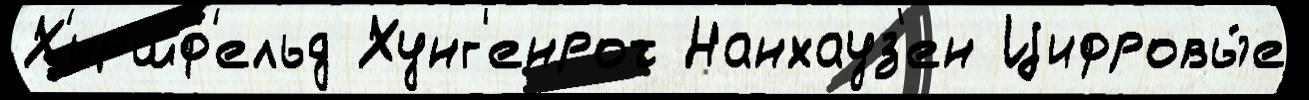
Х'иршф'ельд Хунг'енрот Нанхауз'ен Цифровы́е